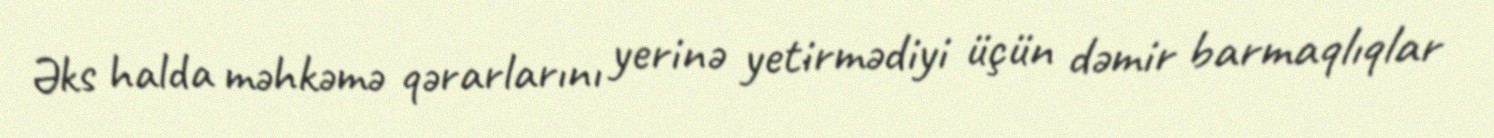
Əks halda məhkəmə qərarlarını yerinə yetirmədiyi üçün dəmir barmaqlıqlar